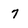
Character: 7